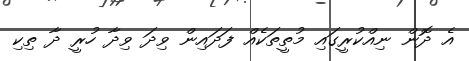
އެ ދޮން ނިއްކުރީގައި މުތީތަކެއް ފަދައިން ވިދަ ވިދާ ހުރީ ދާ ތިކި